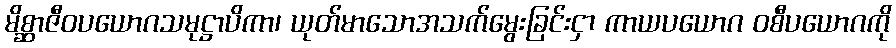
မိစ္ဆာဇီဝပယောဂသမုဋ္ဌာပိကာ၊ ယုတ်မာသောအသက်မွေးခြင်းငှာ ကာယပယောဂ ဝစီပယောဂကို